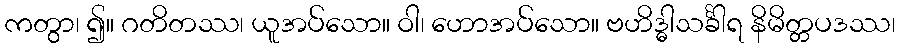
ကတွာ၊ ၍။ ဂတိတဿ၊ ယူအပ်သော။ ဝါ၊ ဟောအပ်သော။ ဗဟိဒ္ဓါသင်္ခါရ နိမိတ္တပဒဿ၊